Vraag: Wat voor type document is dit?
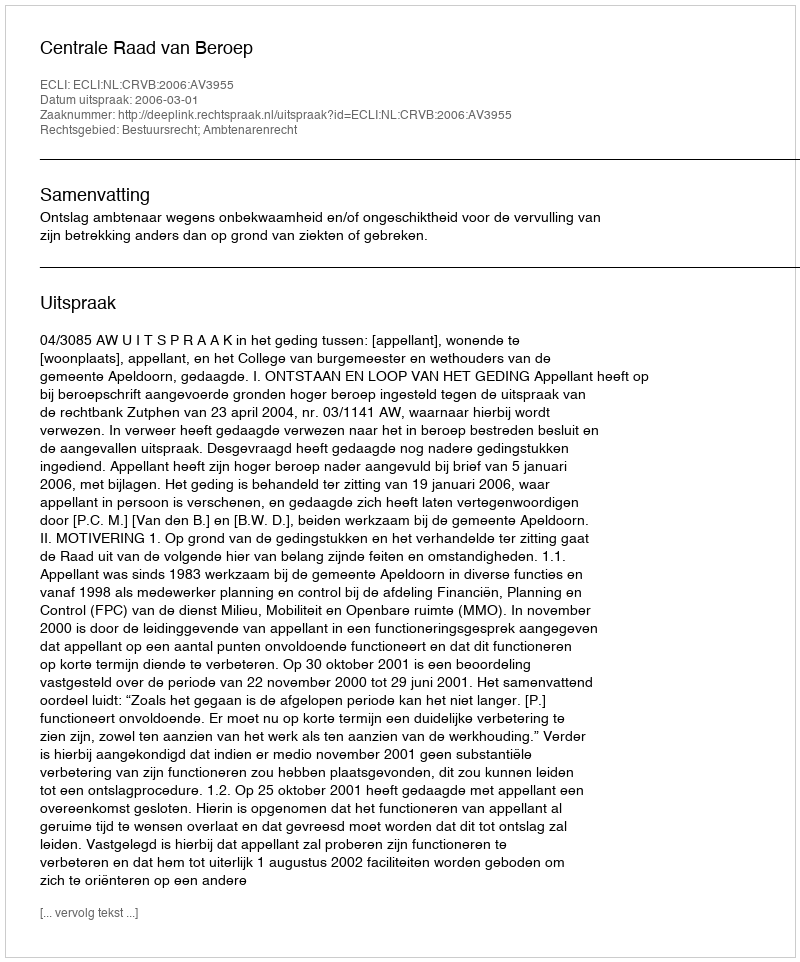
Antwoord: Uitspraak